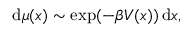
\mathrm { d } \mu ( x ) \sim \exp ( - \beta V ( x ) ) \, \mathrm { d } x ,